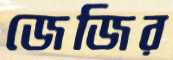
জেজির